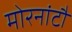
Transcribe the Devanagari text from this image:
मोरनांटौ